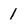
Character: l